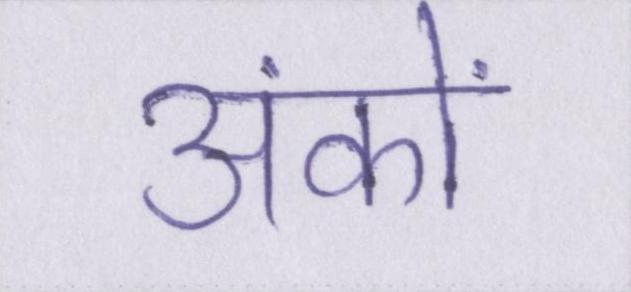
अंकों